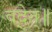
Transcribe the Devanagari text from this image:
वदेत्॥